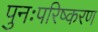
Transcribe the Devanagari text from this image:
पुनःपरिष्करण